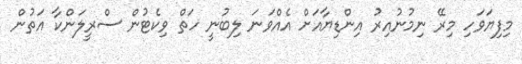
މިފިޔަވަހި މިރޭ ނިމުނުއިރު އިންޑިޔާއަށް އެއްވަނަ ލިބުނީ ހަތް ވިކެޓުން ސްރީލަންކާ އަތުން